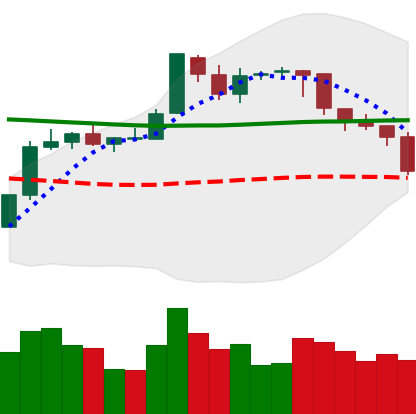
Ticker: BTC-USD
Chart end date: 2018-08-04
Forward return: -6.606%
Label: down_5_7